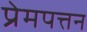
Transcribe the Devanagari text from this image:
प्रेमपत्तन